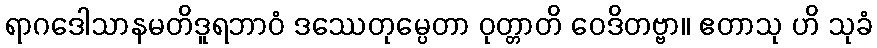
ရာဂဒေါသာနမတိဒူရဘာဝံ ဒဿေတုမ္ပေတာ ဝုတ္တာတိ ဝေဒိတဗ္ဗာ။ ဧတာသု ဟိ သုခံ